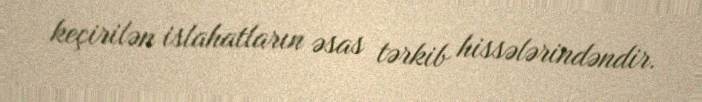
keçirilən islahatların əsas tərkib hissələrindəndir.